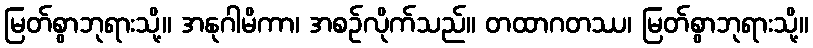
မြတ်စွာဘုရားသို့။ အနုဂါမိကာ၊ အစဉ်လိုက်သည်။ တထာဂတဿ၊ မြတ်စွာဘုရားသို့။